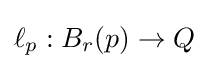
\ell _{p}:B_{r}(p)\rightarrow Q